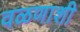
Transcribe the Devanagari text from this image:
वळणाशी